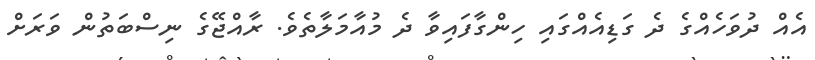
އެއް ދުވަހެއްގެ ދެ ގަޑިއެއްގައި ހިންގާފައިވާ ދެ މުއާމަލާތެވެ. ރާއްޖޭގެ ނިސްބަތުން ވަރަށް